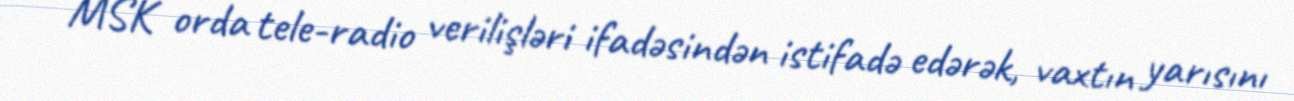
MSK orda tele-radio verilişləri ifadəsindən istifadə edərək, vaxtın yarısını